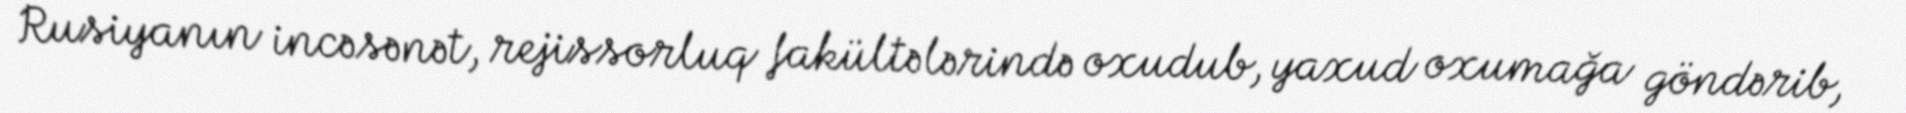
Rusiyanın incəsənət, rejissorluq fakültələrində oxudub, yaxud oxumağa göndərib,